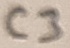
Text: C3